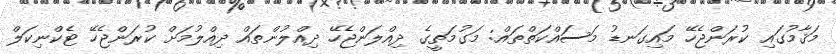
މަޤާމުގައި ކުރަންޖެހޭ މައިގަނޑު މަސައްކަތްތައް: މަގުމަތީގެ ދިއްލަންޖެހޭ ދިއްލުންތައް ދިއްލުމަށް ކުރަންޖެހޭ ޓެކްނިކަލް